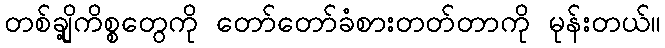
တစ်ချို့ကိစ္စတွေကို တော်တော်ခံစားတတ်တာကို မုန်းတယ်။